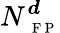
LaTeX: N_{\mathrm{~\scriptsize~F~P~}}^{\boldsymbol d}